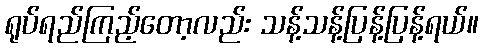
ရုပ်ရည်ကြည့်တော့လည်း သန့်သန့်ပြန့်ပြန့်ရယ်။